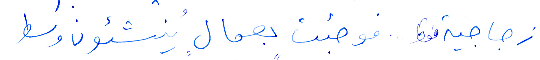
زجاجية فقط....فوجئت بعمال ينشئون وسط